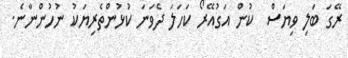
ރޭގަ ބަލި ވިޔަސް  ކުން އަގުއޭރޯ ކަހަލަ ދެވަނަ ކުޅުންތެރިޔަކު ނުހުންނާނެ.